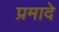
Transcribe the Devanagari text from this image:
प्रमादे